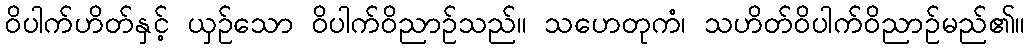
ဝိပါက်ဟိတ်နှင့် ယှဉ်သော ဝိပါက်ဝိညာဉ်သည်။ သဟေတုကံ၊ သဟိတ်ဝိပါက်ဝိညာဉ်မည်၏။